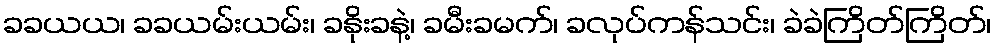
ခခယယ၊ ခခယမ်းယမ်း၊ ခနိုးခနဲ့၊ ခမီးခမက်၊ ခလုပ်ကန်သင်း၊ ခဲခဲကြိတ်ကြိတ်၊